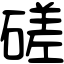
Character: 磋